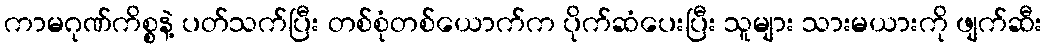
ကာမဂုဏ်ကိစ္စနဲ့ ပတ်သက်ပြီး တစ်စုံတစ်ယောက်က ပိုက်ဆံပေးပြီး သူများ သားမယားကို ဖျက်ဆီး